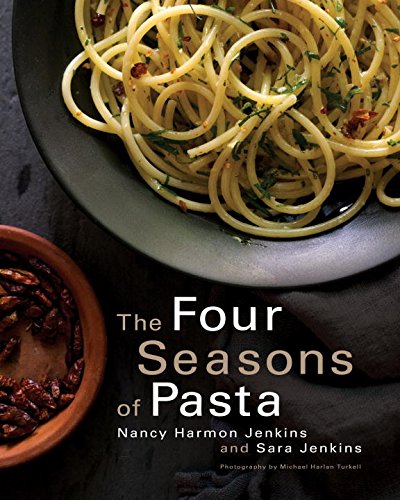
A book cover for The Four Seasons of Pasta; Nancy Harmon Jenkins; Cookbooks, Food & Wine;